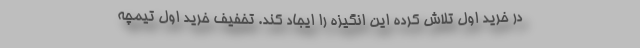
در خرید اول تلاش کرده این انگیزه را ایجاد کند. تخفیف خرید اول تیمچه